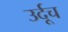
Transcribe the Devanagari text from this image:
उर्दूच